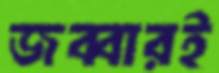
জব্বারই